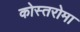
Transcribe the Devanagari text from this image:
कोस्तरोमा